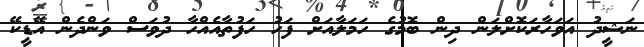
ނަޝީދު އަވަހާރަކޮށްލަން ދިން ބޮމުގެ ހަމަލާއަށް ފަހު ހަފުތާއެއްހާ ދުވަސް ވަންދެން އޭޑީކޭ